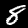
Digit: 8